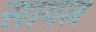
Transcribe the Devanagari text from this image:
सायत्न